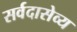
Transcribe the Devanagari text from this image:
सर्वदासेव्य